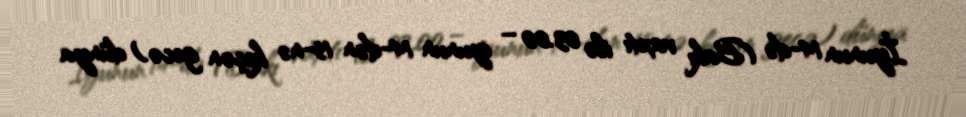
İyunun 14-də (Bakı vaxtı ilə 03.00 – iyunun 14-dən 15-nə keçən gecə) dünya